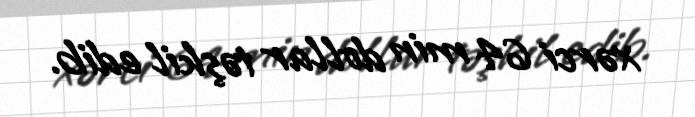
xərci 64 min dollar təşkil edib.